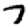
Digit: 7